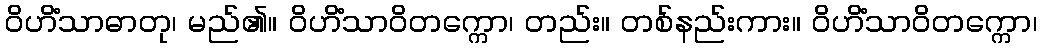
ဝိဟိံသာဓာတု၊ မည်၏။ ဝိဟိံသာဝိတက္ကော၊ တည်း။ တစ်နည်းကား။ ဝိဟိံသာဝိတက္ကော၊